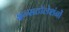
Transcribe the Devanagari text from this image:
इन्सटॉलेशंनों